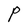
Character: P